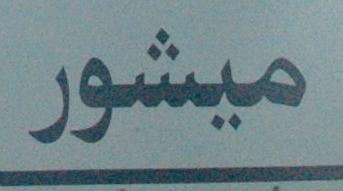
صيشور